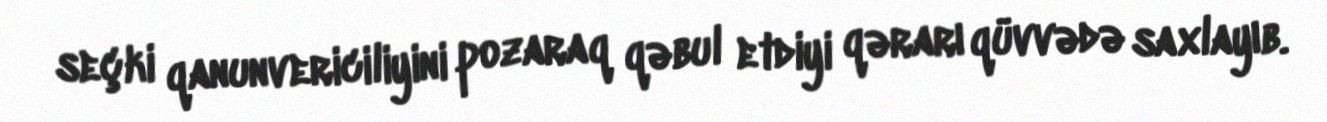
seçki qanunvericiliyini pozaraq qəbul etdiyi qərarı qüvvədə saxlayıb.